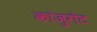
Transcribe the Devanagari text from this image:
कांजुगेट